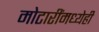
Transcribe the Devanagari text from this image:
मोटारींमध्येही